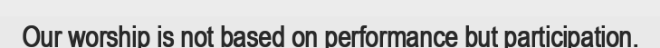
Our worship is not based on performance but participation.